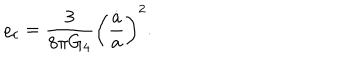
\varrho _ { c } = { \frac { 3 } { 8 \pi G _ { 4 } } } \left( { \frac { \dot { a } } { a } } \right) ^ { 2 } .